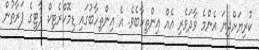
ކުރިޔަށްދިޔަ އެންމެ ވާދަވެރި އެއް އިންތިހާބެވެ. އެ އިންތިހާބުގައި ޑިމޮކްރެޓިކް ޕާޓީގެ ފަރާތުން